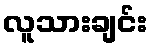
လူသားချင်း